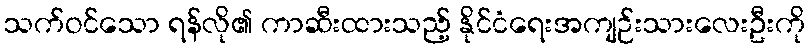
သက်ဝင်သော ရန်လို၏ ကာဆီးထားသည့် နိုင်ငံရေးအကျဉ်းသားလေးဦးကို